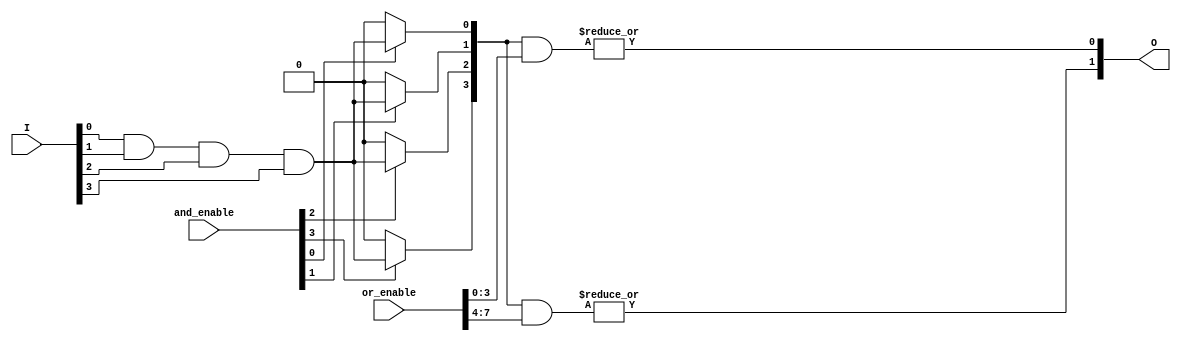
module PLA #(parameter n = 4, // Number of input lines
              parameter p = 4, // Number of product terms (AND gates)
              parameter m = 2   // Number of output lines
             )
             (
              input [n-1:0] I, // Input lines
              input [p-1:0] and_enable, // Enable signals for AND gates
              input [m*p-1:0] or_enable, // Enable signals for OR gates
              output [m-1:0] O // Output lines
             );

    // Internal wires for AND gate outputs
    wire [p-1:0] and_out;

    // AND Plane: Generate product terms based on inputs and enable signals
    genvar i, j;
    generate
        for (i = 0; i < p; i = i + 1) begin : and_gate
            assign and_out[i] = (and_enable[i]) ? (I[0] & I[1] & I[2] & I[3]) : 1'b0; // Example: All inputs ANDed
        end
    endgenerate

    // OR Plane: Combine product terms based on enable signals
    generate
        for (j = 0; j < m; j = j + 1) begin : or_gate
            assign O[j] = |(and_out & or_enable[j*p +: p]); // OR the selected AND outputs
        end
    endgenerate

endmodule